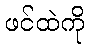
ဖင်ထဲကို